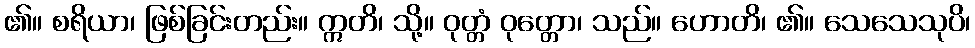
၏။ စရိယာ၊ ဖြစ်ခြင်းတည်း။ ဣတိ၊ သို့။ ဝုတ္တံ ဝုတ္တော၊ သည်။ ဟောတိ၊ ၏။ သေသေသုပိ၊